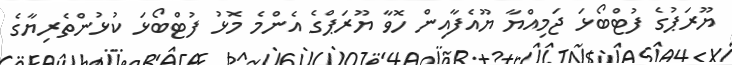
ޔޫރަޕުގެ ފުޓްބޯޅަ ޖަމިއްޔާ ޔޫއެފާއިން ހޮވާ ޔޫރަޕްގެ އެންމެ މޮޅު ފުޓްބޯޅަ ކުޅުންތެރިޔާގެ